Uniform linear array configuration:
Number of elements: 64
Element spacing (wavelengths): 1
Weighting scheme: cosine
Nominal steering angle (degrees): -45
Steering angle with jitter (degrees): -46.957
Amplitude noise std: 0.05
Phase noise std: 0.05

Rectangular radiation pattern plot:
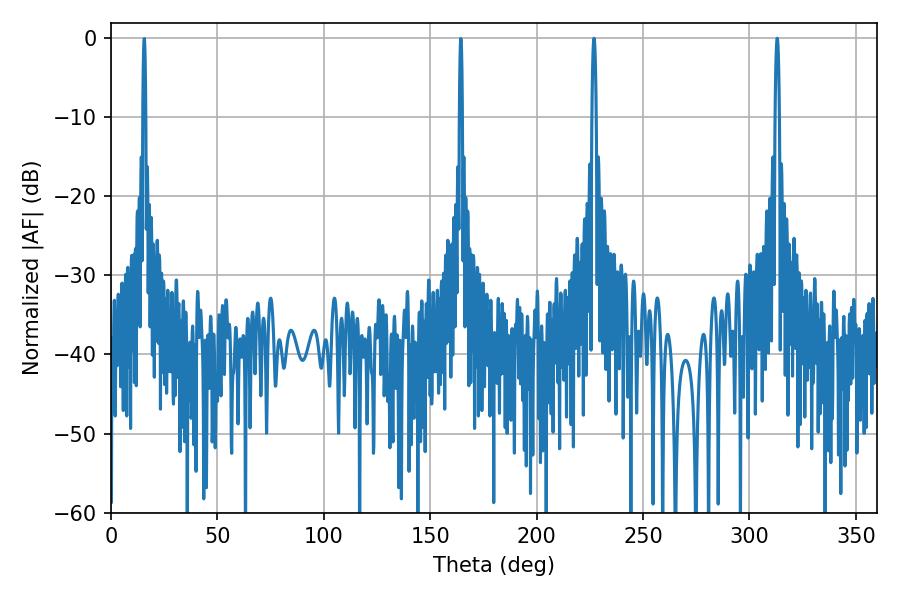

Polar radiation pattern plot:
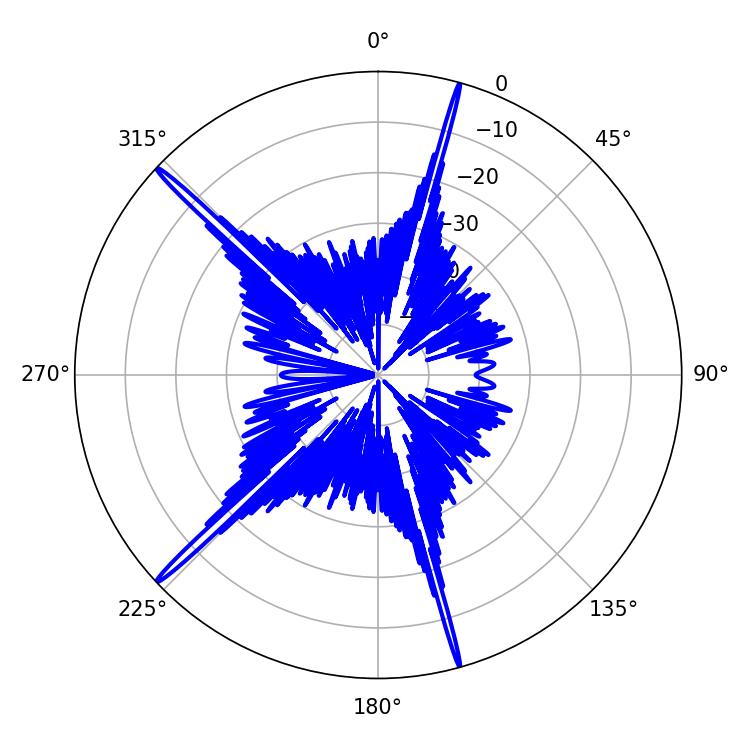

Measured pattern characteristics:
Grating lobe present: TRUE
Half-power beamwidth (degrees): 1.08
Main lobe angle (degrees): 313.02